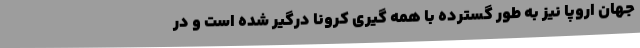
جهان اروپا نیز به طور گسترده با همه گیری کرونا درگیر شده است و در